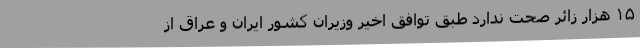
۱۵ هزار زائر صحت ندارد طبق توافق اخیر وزیران کشور ایران و عراق از